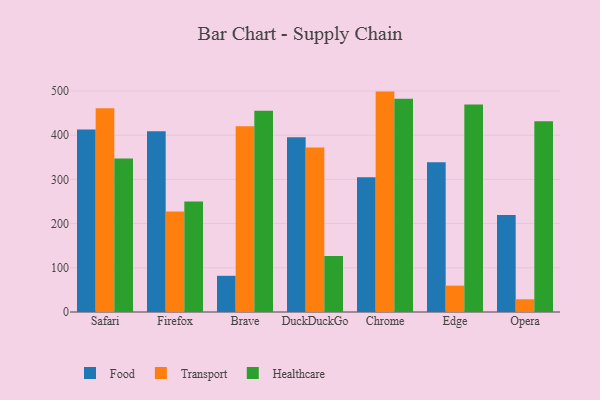
{"axis": {"x": "Browser", "y": "Net Income (USD K)"}, "legend": ["Food", "Healthcare", "Transport"], "data": [{"x": "Safari", "y": 412.7, "type": "Food"}, {"x": "Safari", "y": 461.0, "type": "Transport"}, {"x": "Safari", "y": 347.3, "type": "Healthcare"}, {"x": "Firefox", "y": 408.7, "type": "Food"}, {"x": "Firefox", "y": 227.5, "type": "Transport"}, {"x": "Firefox", "y": 250.1, "type": "Healthcare"}, {"x": "Brave", "y": 81.9, "type": "Food"}, {"x": "Brave", "y": 420.0, "type": "Transport"}, {"x": "Brave", "y": 455.1, "type": "Healthcare"}, {"x": "DuckDuckGo", "y": 395.4, "type": "Food"}, {"x": "DuckDuckGo", "y": 372.1, "type": "Transport"}, {"x": "DuckDuckGo", "y": 126.5, "type": "Healthcare"}, {"x": "Chrome", "y": 305.0, "type": "Food"}, {"x": "Chrome", "y": 498.5, "type": "Transport"}, {"x": "Chrome", "y": 482.6, "type": "Healthcare"}, {"x": "Edge", "y": 338.9, "type": "Food"}, {"x": "Edge", "y": 59.6, "type": "Transport"}, {"x": "Edge", "y": 469.1, "type": "Healthcare"}, {"x": "Opera", "y": 219.5, "type": "Food"}, {"x": "Opera", "y": 28.8, "type": "Transport"}, {"x": "Opera", "y": 431.7, "type": "Healthcare"}]}